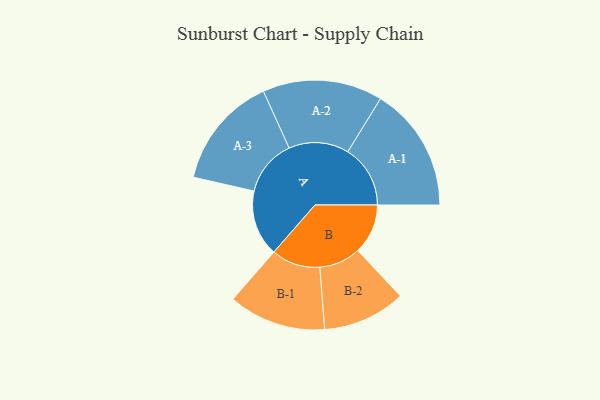
{"axis": {"x": "Segment", "y": "Value"}, "legend": ["", "A", "B"], "data": [{"x": "A", "y": 314, "type": ""}, {"x": "B", "y": 238, "type": ""}, {"x": "A-1", "y": 297, "type": "A"}, {"x": "A-2", "y": 285, "type": "A"}, {"x": "A-3", "y": 268, "type": "A"}, {"x": "B-1", "y": 232, "type": "B"}, {"x": "B-2", "y": 197, "type": "B"}]}